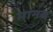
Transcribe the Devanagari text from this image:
मानब